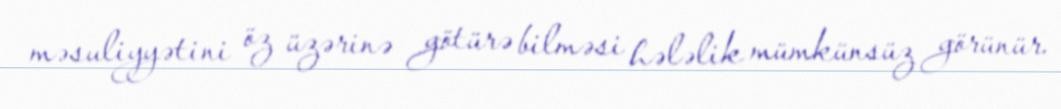
məsuliyyətini öz üzərinə götürə bilməsi hələlik mümkünsüz görünür.